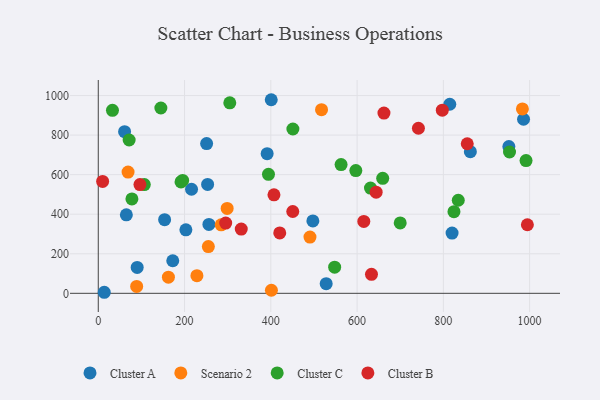
{"axis": {"x": "Price", "y": "Exam Score"}, "legend": ["Cluster A", "Cluster B", "Cluster C", "Scenario 2"], "data": [{"x": "13.9", "y": 5.3, "type": "Cluster A"}, {"x": "216.2", "y": 526.3, "type": "Cluster A"}, {"x": "814.9", "y": 955.9, "type": "Cluster A"}, {"x": "203.1", "y": 321.0, "type": "Cluster A"}, {"x": "172.7", "y": 164.6, "type": "Cluster A"}, {"x": "391.5", "y": 706.2, "type": "Cluster A"}, {"x": "65.1", "y": 396.9, "type": "Cluster A"}, {"x": "401.0", "y": 978.9, "type": "Cluster A"}, {"x": "90.2", "y": 130.7, "type": "Cluster A"}, {"x": "985.9", "y": 880.2, "type": "Cluster A"}, {"x": "862.6", "y": 716.0, "type": "Cluster A"}, {"x": "61.0", "y": 817.2, "type": "Cluster A"}, {"x": "497.5", "y": 366.2, "type": "Cluster A"}, {"x": "256.5", "y": 348.4, "type": "Cluster A"}, {"x": "951.9", "y": 741.8, "type": "Cluster A"}, {"x": "820.2", "y": 304.6, "type": "Cluster A"}, {"x": "251.2", "y": 757.0, "type": "Cluster A"}, {"x": "528.4", "y": 49.0, "type": "Cluster A"}, {"x": "153.8", "y": 372.6, "type": "Cluster A"}, {"x": "253.5", "y": 550.8, "type": "Cluster A"}, {"x": "69.1", "y": 613.3, "type": "Scenario 2"}, {"x": "285.0", "y": 346.1, "type": "Scenario 2"}, {"x": "517.6", "y": 928.4, "type": "Scenario 2"}, {"x": "89.0", "y": 35.1, "type": "Scenario 2"}, {"x": "490.8", "y": 284.6, "type": "Scenario 2"}, {"x": "255.2", "y": 236.6, "type": "Scenario 2"}, {"x": "983.3", "y": 932.4, "type": "Scenario 2"}, {"x": "162.6", "y": 81.6, "type": "Scenario 2"}, {"x": "401.4", "y": 15.5, "type": "Scenario 2"}, {"x": "298.8", "y": 429.2, "type": "Scenario 2"}, {"x": "228.7", "y": 89.0, "type": "Scenario 2"}, {"x": "824.6", "y": 412.8, "type": "Cluster C"}, {"x": "659.4", "y": 581.4, "type": "Cluster C"}, {"x": "631.1", "y": 532.0, "type": "Cluster C"}, {"x": "700.0", "y": 356.1, "type": "Cluster C"}, {"x": "451.2", "y": 831.0, "type": "Cluster C"}, {"x": "78.0", "y": 477.1, "type": "Cluster C"}, {"x": "597.1", "y": 620.6, "type": "Cluster C"}, {"x": "195.6", "y": 570.9, "type": "Cluster C"}, {"x": "562.9", "y": 651.2, "type": "Cluster C"}, {"x": "953.4", "y": 714.6, "type": "Cluster C"}, {"x": "191.8", "y": 563.2, "type": "Cluster C"}, {"x": "32.9", "y": 925.3, "type": "Cluster C"}, {"x": "304.9", "y": 963.3, "type": "Cluster C"}, {"x": "991.7", "y": 671.2, "type": "Cluster C"}, {"x": "548.0", "y": 132.3, "type": "Cluster C"}, {"x": "71.6", "y": 775.2, "type": "Cluster C"}, {"x": "394.6", "y": 601.8, "type": "Cluster C"}, {"x": "145.1", "y": 937.0, "type": "Cluster C"}, {"x": "834.6", "y": 470.7, "type": "Cluster C"}, {"x": "106.7", "y": 550.0, "type": "Cluster C"}, {"x": "450.9", "y": 413.7, "type": "Cluster B"}, {"x": "331.5", "y": 324.7, "type": "Cluster B"}, {"x": "96.6", "y": 549.8, "type": "Cluster B"}, {"x": "742.2", "y": 834.7, "type": "Cluster B"}, {"x": "420.7", "y": 305.5, "type": "Cluster B"}, {"x": "295.4", "y": 355.2, "type": "Cluster B"}, {"x": "662.3", "y": 911.3, "type": "Cluster B"}, {"x": "855.4", "y": 756.2, "type": "Cluster B"}, {"x": "994.8", "y": 346.7, "type": "Cluster B"}, {"x": "407.3", "y": 498.2, "type": "Cluster B"}, {"x": "615.6", "y": 363.7, "type": "Cluster B"}, {"x": "10.1", "y": 565.6, "type": "Cluster B"}, {"x": "633.4", "y": 96.0, "type": "Cluster B"}, {"x": "797.6", "y": 926.3, "type": "Cluster B"}, {"x": "644.2", "y": 511.6, "type": "Cluster B"}]}